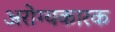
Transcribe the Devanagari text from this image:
अरोग्यकारक